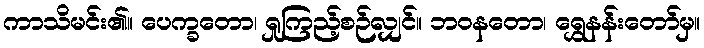
ကာသိမင်း၏။ ပေက္ခတော၊ ရှုကြည့်စဉ်လျှင်။ ဘဝနတော၊ ရွှေနန်းတော်မှ။